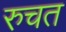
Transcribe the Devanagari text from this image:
रुचत